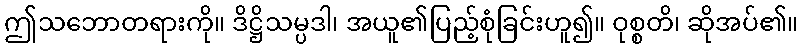
ဤသဘောတရားကို။ ဒိဋ္ဌိသမ္ပဒါ၊ အယူ၏ပြည့်စုံခြင်းဟူ၍။ ဝုစ္စတိ၊ ဆိုအပ်၏။